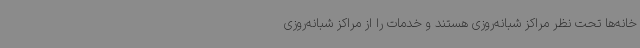
خانه‌ها تحت نظر مراکز شبانه‌روزی هستند و خدمات را از مراکز شبانه‌روزی